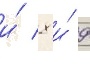
и́ 8 и́ 9